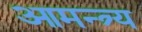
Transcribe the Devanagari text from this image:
आमन्त्र्य